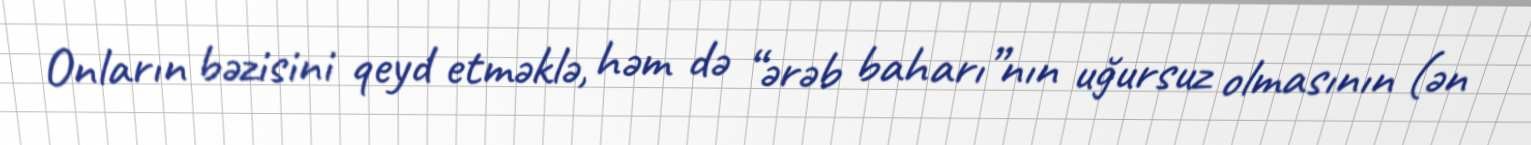
Onların bəzisini qeyd etməklə, həm də “ərəb baharı”nın uğursuz olmasının (ən